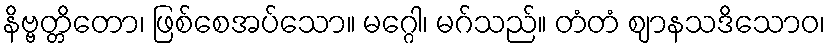
နိဗ္ဗတ္တိတော၊ ဖြစ်စေအပ်သော။ မဂ္ဂေါ၊ မဂ်သည်။ တံတံ ဈာနသဒိသောဝ၊